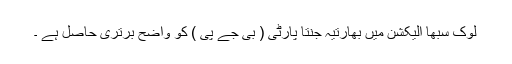
لوک سبھا الیکشن میں بھارتیہ جنتا پارٹی ( بی جے پی ) کو واضح برتری حاصل ہے ۔